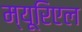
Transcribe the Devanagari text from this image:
म्यूरिएल